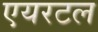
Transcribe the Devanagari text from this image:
एयरटल